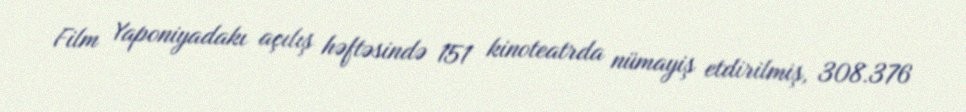
Film Yaponiyadakı açılış həftəsində 151 kinoteatrda nümayiş etdirilmiş, 308.376